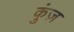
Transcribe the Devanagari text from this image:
कुंज़